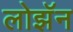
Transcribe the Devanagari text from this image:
लोझॅन